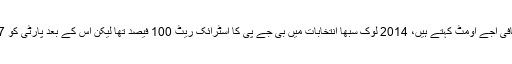
گجرات کے سینئر صحافی اجے اومٹ کہتے ہیں، 2014 لوک سبھا انتخابات میں بی جے پی کا اسٹرائک ریٹ 100 فیصد تھا لیکن اس کے بعد پارٹی کو 2017 میں بڑا دھکا لگا۔